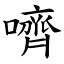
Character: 嚌